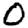
Digit: 0